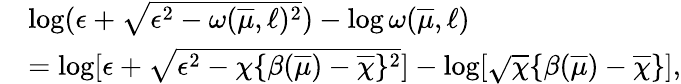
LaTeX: \begin{array}{rl}&{\log({\epsilon}+\sqrt{{\epsilon}^{2}-\omega(\overline{{\mu}},\ell)^{2}})-\log\omega(\overline{{\mu}},\ell)}\\ &{=\log[{\epsilon}+\sqrt{{\epsilon}^{2}-\chi\{ \beta(\overline{{\mu}})-\overline{{\chi}}\} ^{2}}]-\log[\sqrt\chi\{ \beta(\overline{{\mu}})-\overline{{\chi}}\} ],}\end{array}